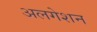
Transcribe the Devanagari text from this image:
अलगेशन